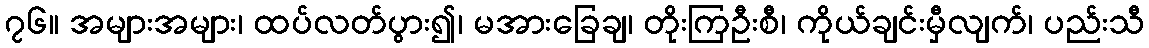
၇၆။ အများအများ၊ ထပ်လတ်ပွား၍၊ မအားခြေချ၊ တိုးကြဦးစီ၊ ကိုယ်ချင်းမှီလျက်၊ ပည်းသီ